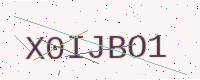
Text: X0IJBO1